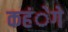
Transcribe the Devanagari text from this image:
कहंेगे